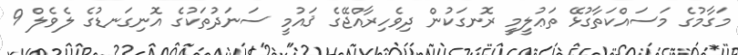
މަގާމުގެ މަސައްކަތާގުޅޭ ތަޢުލީމީ ރޮނގަކުން ދިވެހިރާއްޖޭގެ ޤައުމީ ސަނަދުތަކުގެ އޮނިގަނޑުގެ ލެވެލް 9